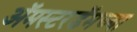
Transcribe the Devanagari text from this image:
अॅमस्टरडॅमच्या